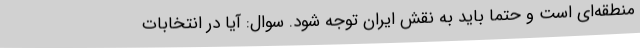
منطقه‌ای است و حتما باید به نقش ایران توجه شود. سوال: آیا در انتخابات